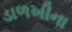
ડાળખીના